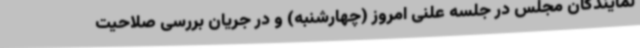
نمایندگان مجلس در جلسه علنی امروز (چهارشنبه) و در جریان بررسی صلاحیت